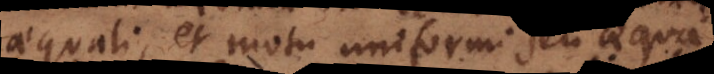
aequali, et motu uniformi seu aequab